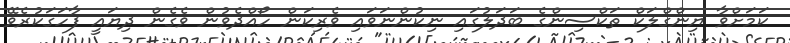
ކަމަށްވާ ޔިންގްލަކް ތަކްސިންގެ ބަދަލުގައި ނިކުންނަވައި ވެރިކަން ހޯއްދެވުން ވެގެން ދިޔައީ ފާހަގަކުރެވޭ